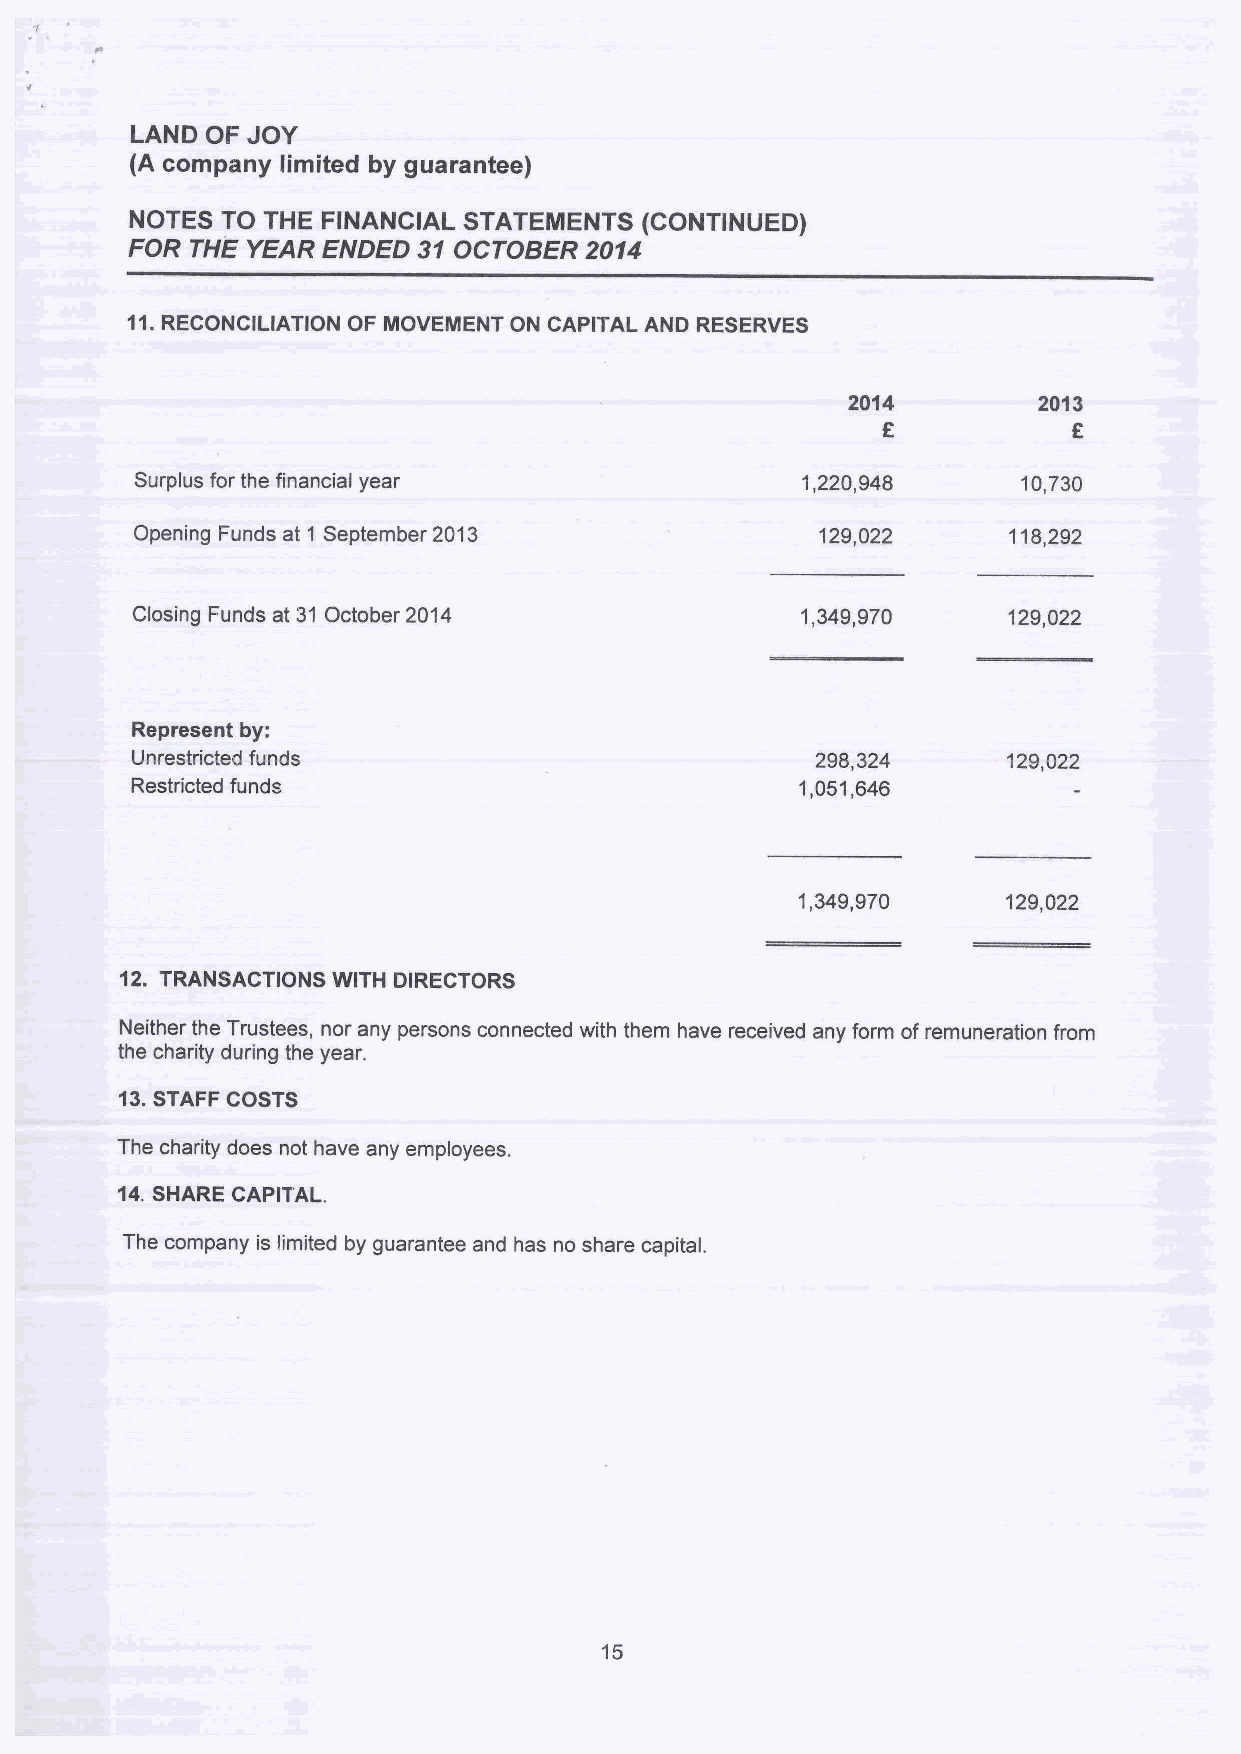
LAND OF JOY
 (A company limited by guarantee)
 NOTES TO THE FINANCIAL STATEMENTS (CONTINUED)
 FOR  THE YEAR ENDED 31 OCTOBER 2014
 11.RECONCILIATION OF MOVEMENT ON CAPITAL AND RESERVES
 2014         2013
 Surplus for the financial year              1,220,948      10,730
 Opening Funds at 1 September 2013            129,022      118,292
 Closing Funds at 31 October 2014            1,349,970     129,022
 Represent by:
 Unrestricted funds                           298,324      129,022
 Restricted funds                            1,051,646
 1,349,970     129,022
 12. TRANSACTIONS WITH DIRECTORS
 Neither the Trustees, nor any persons connected with them have received any form ofremuneration from
 the charity during the year.
 13.STAFF COSTS
 The charity does not have any employees.
 14.SHARE CAPITAL.
 The company is limited by guarantee and has no share capital.
 15